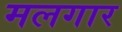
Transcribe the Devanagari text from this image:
मलगार